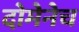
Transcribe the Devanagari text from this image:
दोमेनेच